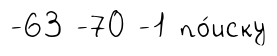
-63 -70 -1 по́иску